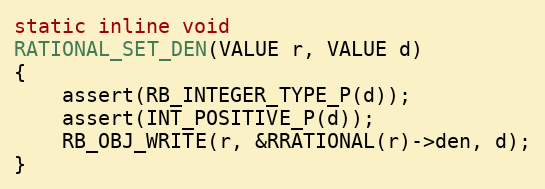
Language: C
static inline void
RATIONAL_SET_DEN(VALUE r, VALUE d)
{
    assert(RB_INTEGER_TYPE_P(d));
    assert(INT_POSITIVE_P(d));
    RB_OBJ_WRITE(r, &RRATIONAL(r)->den, d);
}